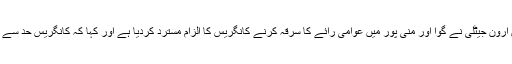
اس دوران وزیر فینانس ارون جیٹلی نے گوا اور منی پور میں عوامی رائے کا سرقہ کرنے کانگریس کا الزام مسترد کردیا ہے اور کہا کہ کانگریس حد سے کچھ آگے جا رہی ہے ۔